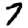
Digit: 7